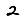
Digit: 2